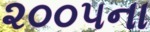
૨૦૦૫ના